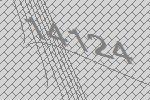
14124